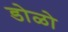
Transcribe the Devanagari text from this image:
डोळो